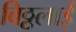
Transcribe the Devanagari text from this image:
विठ्ठलाई